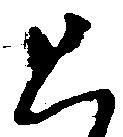
と